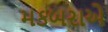
મકબરાએ